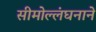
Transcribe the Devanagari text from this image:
सीमोल्लंघनाने